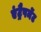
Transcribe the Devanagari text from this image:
एंट्रैपमेंट